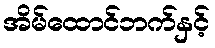
အိမ်ထောင်ဘက်နှင့်